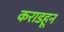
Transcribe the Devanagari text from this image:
कराडहून